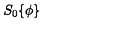
S _ { 0 } \{ \phi \}